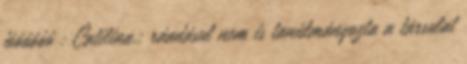
jóóóóóó : Catilina.: ráadásul nem is tanúlmányozta a társulat